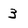
Character: 3